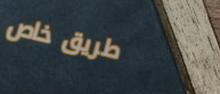
طريق خاص